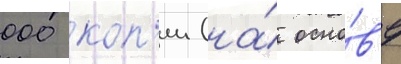
000 коп'ии (на́ осно́в'е